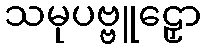
သမုပဗ္ဗူဠှော